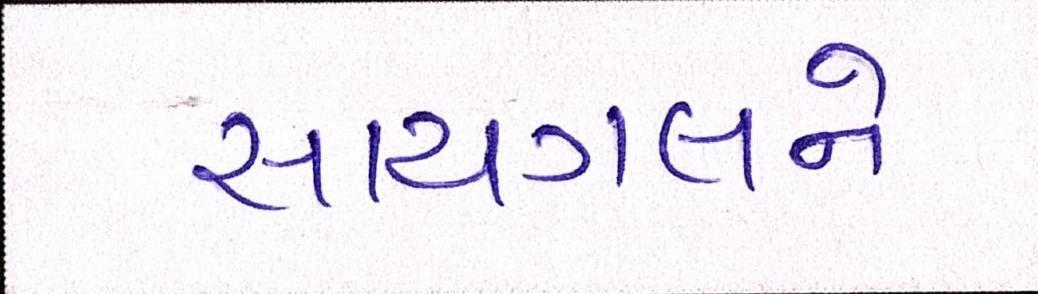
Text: સાયગલને